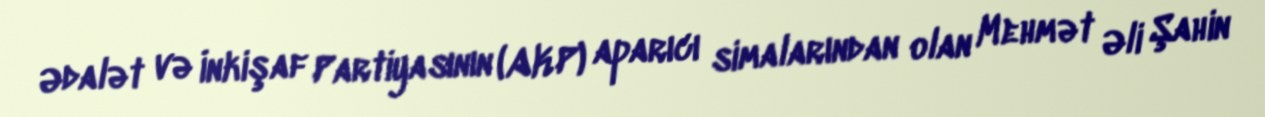
Ədalət və İnkişaf Partiyasının (AKP) aparıcı simalarından olan Mehmət Əli Şahin